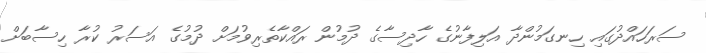
ސަރަހައްދުގައި ހިނގަމުންދާ އަލިފާނުގެ ހާދިސާގެ ދުމުން ރައްކާތެރިވުމަށް ދުމުގެ އަސަރު ކުރާ ހިސާބަށް